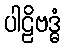
ပါဠိဗဒ္ဓံ